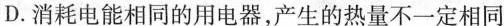
D.消耗电能相同的用电器，产生的热量不一定相同